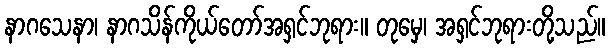
နာဂသေနာ၊ နာဂသိန်ကိုယ်တော်အရှင်ဘုရား။ တုမှေ၊ အရှင်ဘုရားတို့သည်။